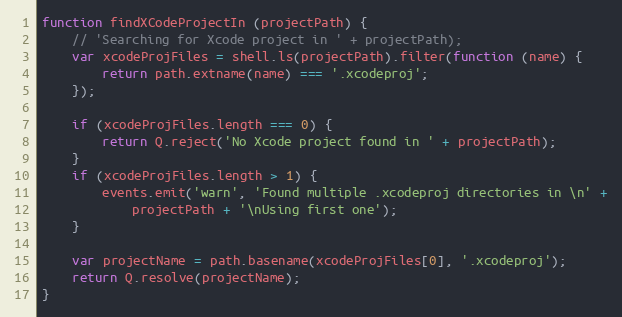
Language: JavaScript
function findXCodeProjectIn (projectPath) {
    // 'Searching for Xcode project in ' + projectPath);
    var xcodeProjFiles = shell.ls(projectPath).filter(function (name) {
        return path.extname(name) === '.xcodeproj';
    });

    if (xcodeProjFiles.length === 0) {
        return Q.reject('No Xcode project found in ' + projectPath);
    }
    if (xcodeProjFiles.length > 1) {
        events.emit('warn', 'Found multiple .xcodeproj directories in \n' +
            projectPath + '\nUsing first one');
    }

    var projectName = path.basename(xcodeProjFiles[0], '.xcodeproj');
    return Q.resolve(projectName);
}